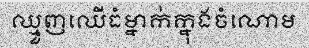
ឈ្មួញឈើធំម្នាក់ក្នុងចំណោម